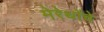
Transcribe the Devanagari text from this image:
मेरेथोंचे